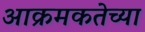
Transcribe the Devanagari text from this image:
आक्रमकतेच्या